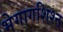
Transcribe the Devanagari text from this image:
भेगागशिश्न